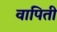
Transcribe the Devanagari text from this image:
वापिती